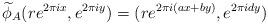
LaTeX: \begin{align*}\widetilde{\phi}_A(re^{ 2\pi i x},e^{ 2\pi i y})=(re^{ 2\pi i (a x+b y)},e^{2\pi i d y})\end{align*}